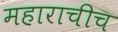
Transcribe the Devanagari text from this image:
महाराचीच